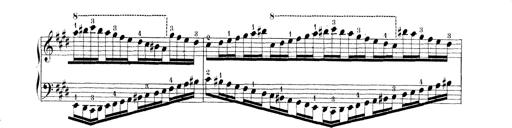
Title: Technische Studien
Composer: Franz Liszt